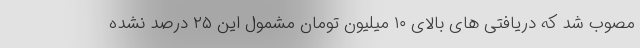
مصوب شد که دریافتی های بالای ۱۰ میلیون تومان مشمول این ۲۵ درصد نشده